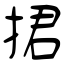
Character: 捃